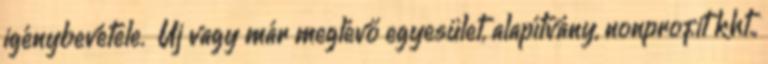
igénybevétele. ▪Új vagy már meglévő egyesület, alapítvány, nonprofit kht.,